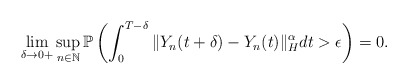
\begin{align*}\lim_{\delta\rightarrow 0+} \sup_{n\in\mathbb{N}} \mathbb{P} \left( \int_0^{T-\delta} \Vert Y_n (t+\delta) - Y_n (t) \Vert_{H}^{\alpha} dt > \epsilon \right) = 0 .\end{align*}